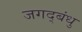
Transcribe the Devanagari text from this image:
जगद्बंधु